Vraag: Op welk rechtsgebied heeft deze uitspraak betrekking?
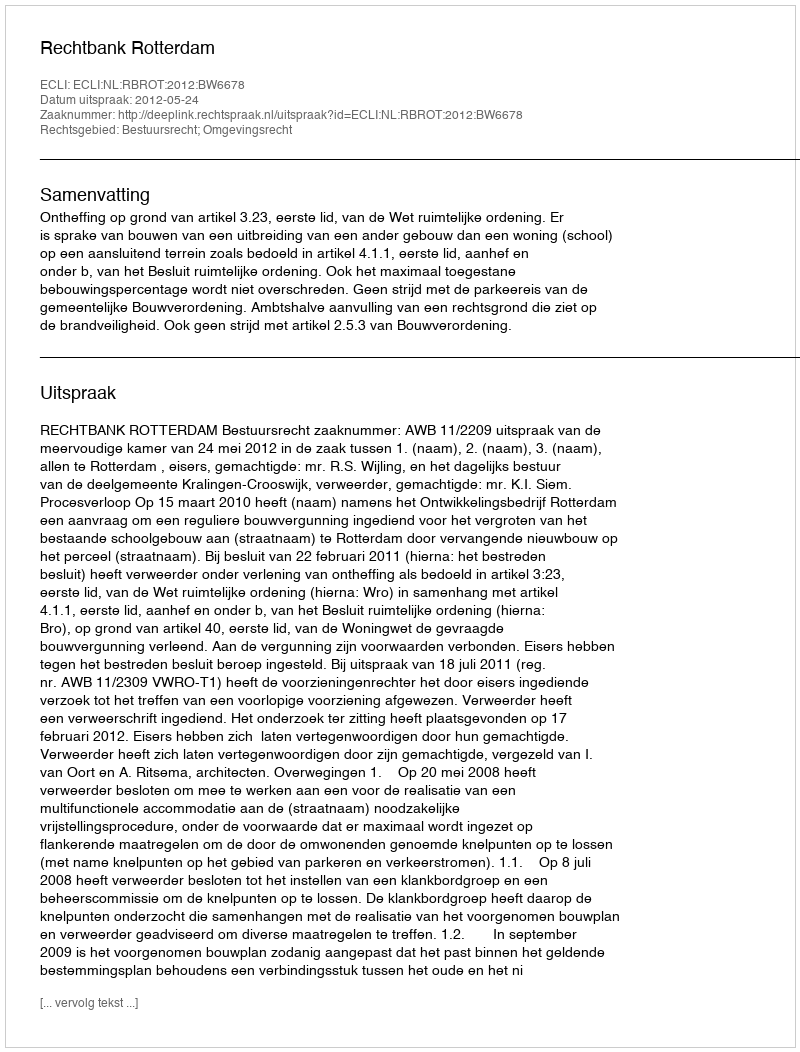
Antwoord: Bestuursrecht; Omgevingsrecht